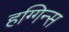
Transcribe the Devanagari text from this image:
हग्गिन्स